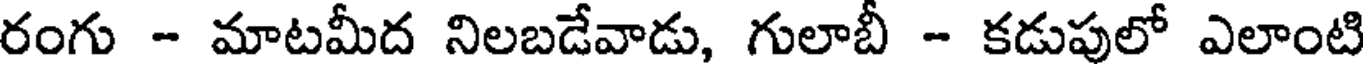
రంగు - మాటమీద నిలబడేవాడు, గులాబీ - కడుపులో ఎలాంటి